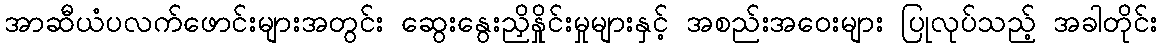
အာဆီယံပလက်ဖောင်းများအတွင်း ဆွေးနွေးညှိနှိုင်းမှုများနှင့် အစည်းအဝေးများ ပြုလုပ်သည့် အခါတိုင်း